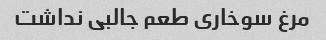
مرغ سوخاری طعم جالبی نداشت